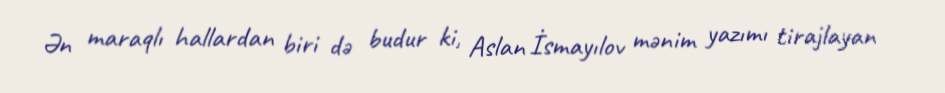
Ən maraqlı hallardan biri də budur ki, Aslan İsmayılov mənim yazımı tirajlayan